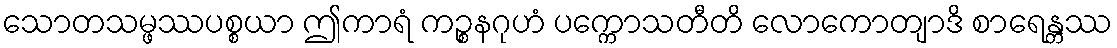
သောတသမ္ဖဿပစ္စယာ ဤကာရံ ကဉ္စနဂုဟံ ပက္ကောသတီတိ လောကောတျာဒိ စာရေန္တဿ